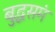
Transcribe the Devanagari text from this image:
बुद्धसमं